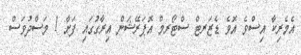
އެމެރިކާ އިސްވެ އޮވެ ޑެޒަރޓް ސްޓޯރމް އޮޕަރޭޝަން އިރާގުގައި ފަށާ 1 މަސްދުވަސް